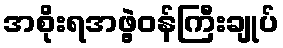
အစိုးရအဖွဲ့ဝန်ကြီးချုပ်